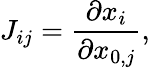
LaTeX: J_{ij}=\frac{\partial x_{i}}{\partial x_{0,j}},